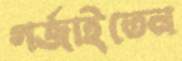
গর্জাইতেন